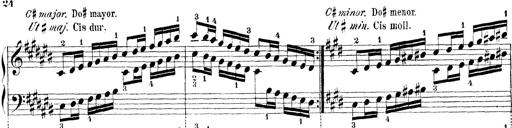
Title: Technische Studien
Composer: Franz Liszt